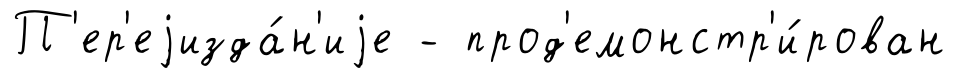
П'ер'еjизда́н'иjе - прод'емонстр'и́рован